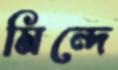
মিন্দে